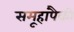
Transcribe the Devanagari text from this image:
समूहांपैकी